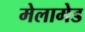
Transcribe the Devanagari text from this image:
मेलामेड